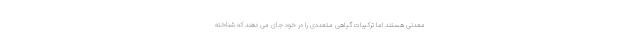
معدنی هستند اما ترکیبات گیاهی متعددی را در خود جای می دهند که شناخته‌